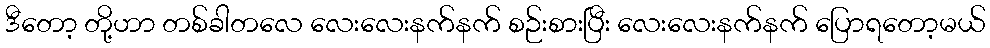
ဒီတော့ တို့ဟာ တစ်ခါတလေ လေးလေးနက်နက် စဉ်းစားပြီး လေးလေးနက်နက် ပြောရတော့မယ်